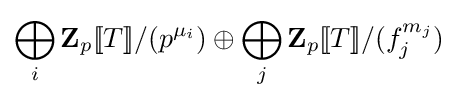
\bigoplus _{i}\mathbf {Z} _{p}[\![T]\!]/(p^{\mu _{i}})\oplus \bigoplus _{j}\mathbf {Z} _{p}[\![T]\!]/(f_{j}^{m_{j}})